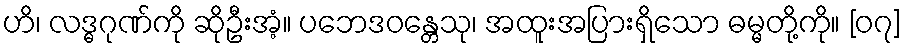
ဟိ၊ လဒ္ဓဂုဏ်ကို ဆိုဦးအံ့။ ပဘေဒဝန္တေသု၊ အထူးအပြားရှိသော ဓမ္မတို့ကို။ [၀၇]